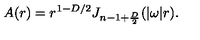
A ( r ) = r ^ { 1 - D / 2 } J _ { n - 1 + { \frac { D } { 2 } } } ( | \omega | r ) .